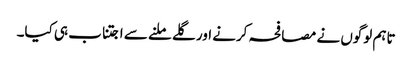
تاہم لوگوں نے مصافحہ کرنے اور گلے ملنے سے اجتناب ہی کیا۔